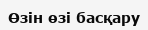
Өзін өзі басқару